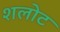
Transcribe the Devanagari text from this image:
शलोट